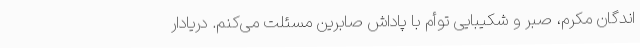
اندگان مکرم، صبر و شکیبایی توأم با پاداش صابرین مسئلت می‌کنم. دریادار